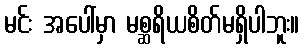
မင်း အပေါ်မှာ မစ္ဆရိယစိတ်မရှိပါဘူး။